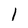
Character: l